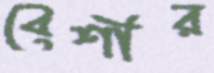
বেশীর